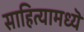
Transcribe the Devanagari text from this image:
साहित्यामध्यॆ